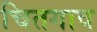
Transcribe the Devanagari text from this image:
चितगाव